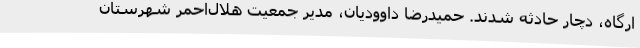
ارگاه، دچار حادثه شدند. حمیدرضا داوودیان، مدیر جمعیت هلال‌احمر شهرستان